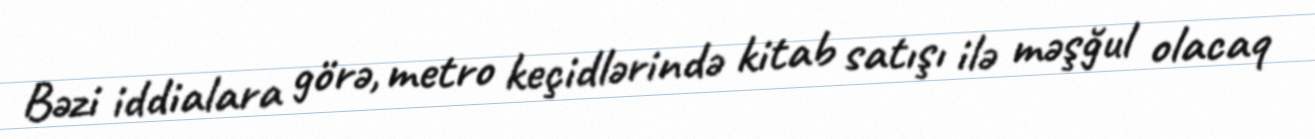
Bəzi iddialara görə, metro keçidlərində kitab satışı ilə məşğul olacaq